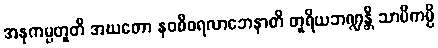
အနုကမ္ပတူတိ အဃတော နဝစီဝရလာဘေနာတိ တူရိယဘဏ္ဍန္တိ သာမိကမ္ပိ